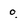
Character: o